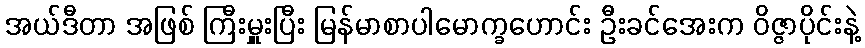
အယ်ဒီတာ အဖြစ် ကြီးမှူးပြီး မြန်မာစာပါမောက္ခဟောင်း ဦးခင်အေးက ဝိဇ္ဇာပိုင်းနဲ့